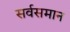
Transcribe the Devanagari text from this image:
सर्वसमान